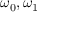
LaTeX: \omega _ { 0 } , \omega _ { 1 }